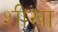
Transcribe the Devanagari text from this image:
शीखा